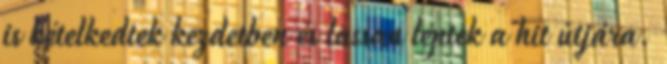
is kételkedtek kezdetben és lassan léptek a hit útjára.